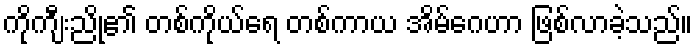
ကိုကျီးညို၏ တစ်ကိုယ်ရေ တစ်ကာယ အိမ်ဂေဟာ ဖြစ်လာခဲ့သည်။